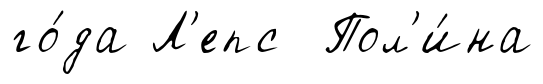
го́да Л'епс Пол'и́на